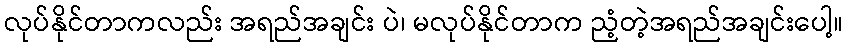
လုပ်နိုင်တာကလည်း အရည်အချင်း ပဲ၊ မလုပ်နိုင်တာက ညံ့တဲ့အရည်အချင်းပေါ့။